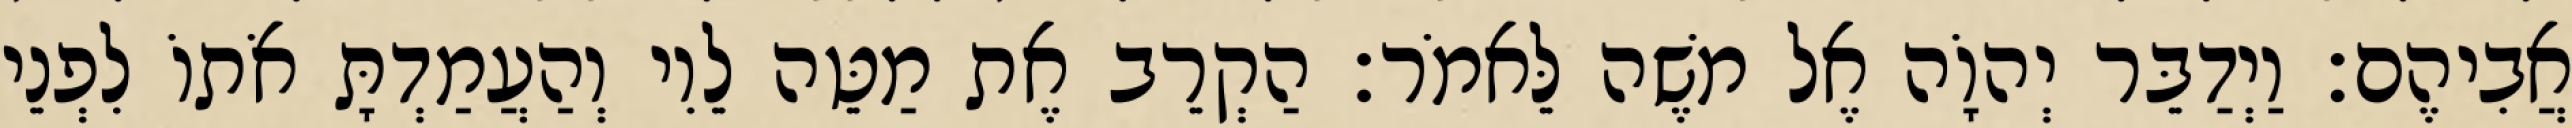
אֲבִיהֶם׃ וַיְדַבֵּר יְהוָֹה אֶל משֶׁה לֵּאמֹר׃ הַקְרֵב אֶת מַטֵּה לֵוִי וְהַעֲמַדְתָּ אֹתוֹ לִפְנֵי